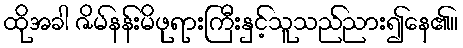
ထိုအခါ ဇိမ်နန်းမိဖုရားကြီးနှင့်သူသည်ညား၍နေ၏။